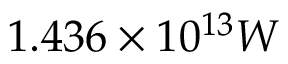
1 . 4 3 6 \times 1 0 ^ { 1 3 } W